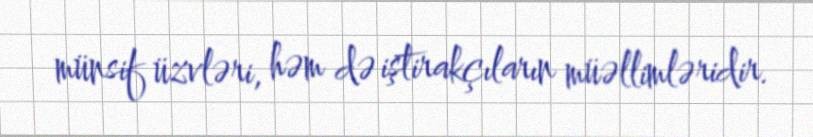
münsif üzvləri, həm də iştirakçıların müəllimləridir.